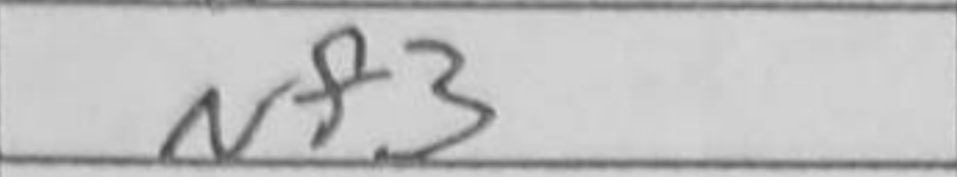
Transcription: Nf3